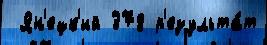
 Ян'ецк'ий 378 р'езульта́т